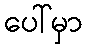
ပေါ်မှာ